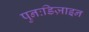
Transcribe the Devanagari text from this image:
पुनःडिज़ाइन